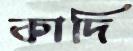
কাদি